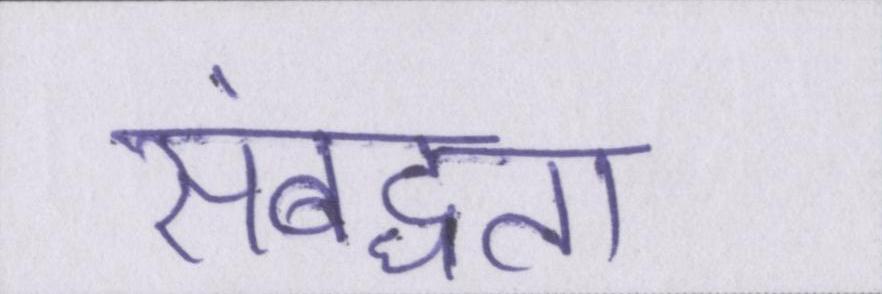
संबद्धता